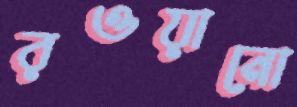
রওয়ানো